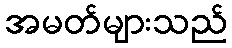
အမတ်များသည်